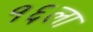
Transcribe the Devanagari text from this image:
१६ला